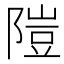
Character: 隑